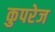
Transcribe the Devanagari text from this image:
कुपरेज